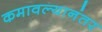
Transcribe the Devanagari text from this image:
कमावल्यानंतर